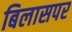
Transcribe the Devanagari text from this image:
बिलासपर